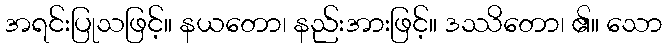
အရင်းပြုသဖြင့်။ နယတော၊ နည်းအားဖြင့်။ ဒဿိတော၊ ၏။ သော